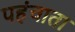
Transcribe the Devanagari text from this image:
पहंचाता